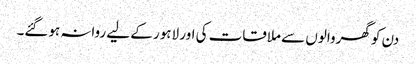
دن کو گھروالوں سے ملاقات کی اور لاہور کے لیے روانہ ہوگئے۔